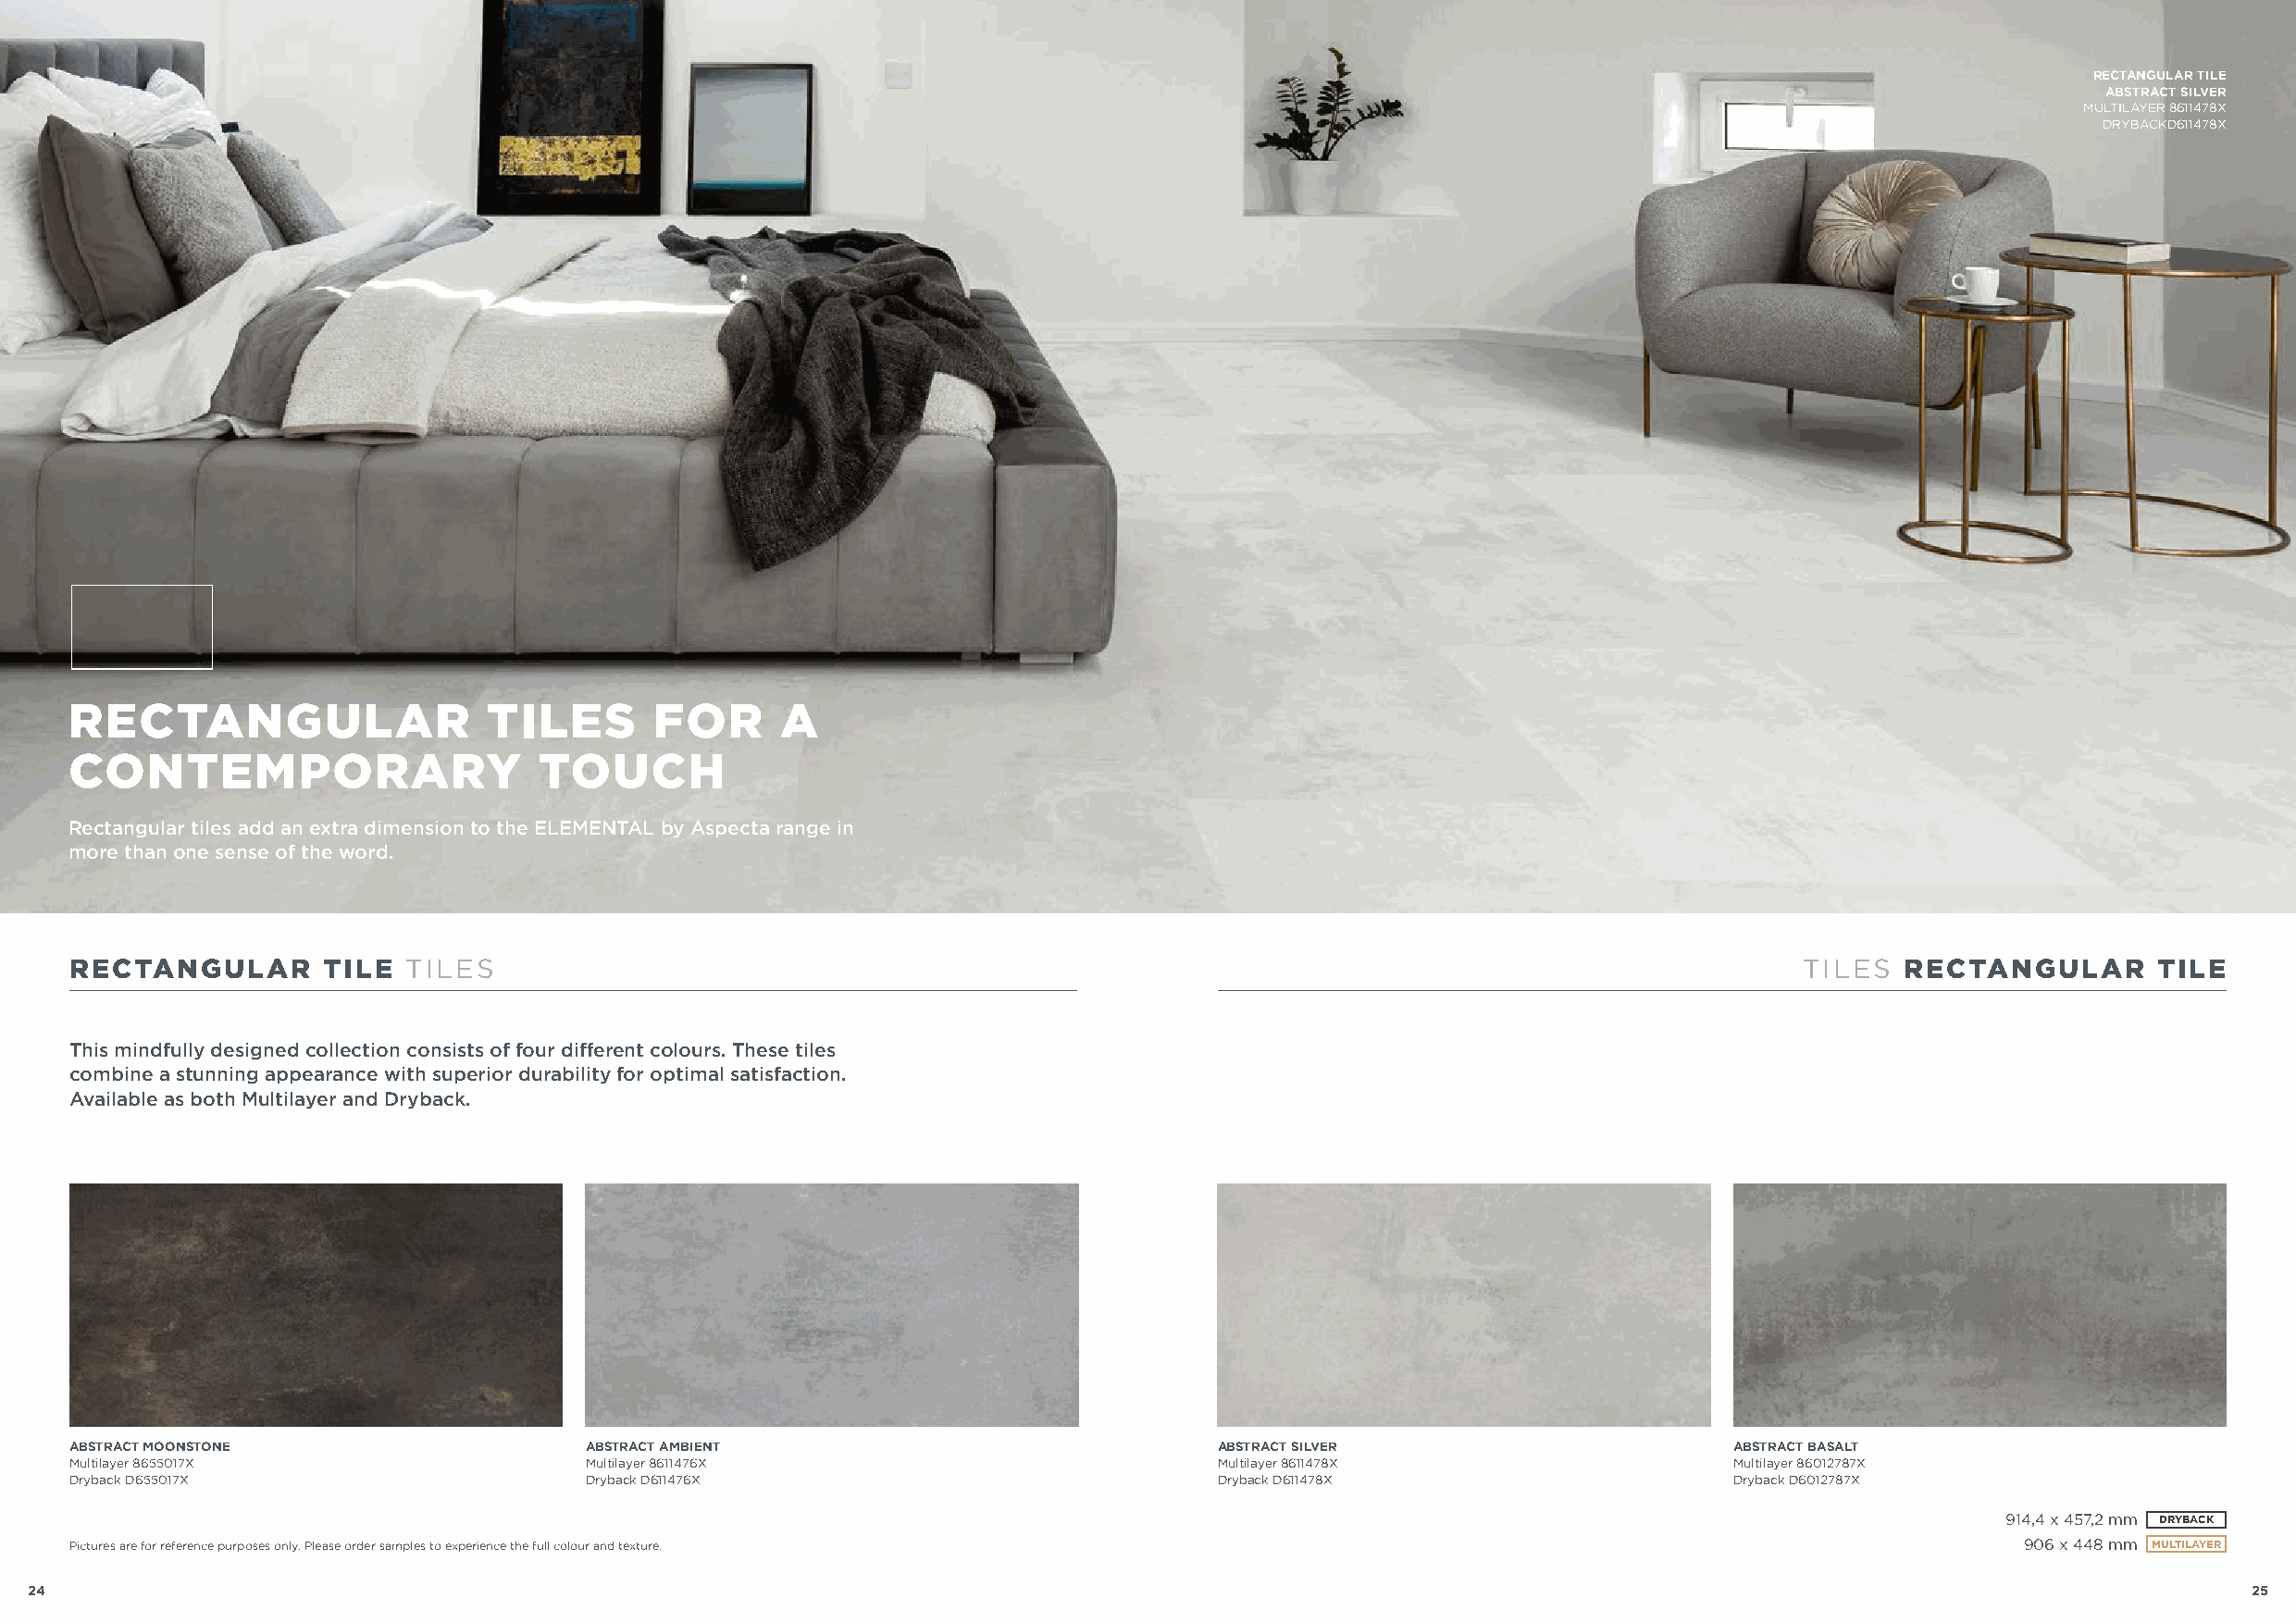
RECTANGULAR TILE
 ABSTRACT SILVER
 MULTILAYER 8611478X
 DRYBACKD611478X
 RECTANGULAR TILE
 RECTANGULAR                   TILES       FOR      A
 CONTEMPORARY                     TOUCH
 Rectangular tiles add an extra dimension to the ELEMENTAL by Aspecta range in
 more than one sense of the word.
 RECTANGULAR       TILE  TILES                                                                                               TILES  RECTANGULAR       TILE
 This mindfully designed collection consists of four different colours. These tiles
 combine a stunning appearance with superior durability for optimal satisfaction.
 Available as both Multilayer and Dryback.
 ABSTRACT MOONSTONE                   ABSTRACT AMBIENT                             ABSTRACT SILVER                      ABSTRACT BASALT
 Multilayer 8655017X                  Multilayer 8611476X                          Multilayer 8611478X                  Multilayer 86012787X
 Dryback D655017X                     Dryback D611476X                             Dryback D611478X                     Dryback D6012787X
 914,4 x 457,2 mm DRYBACK
 Pictures are for reference purposes only. Please order samples to experience the full colour and texture.                                   906 x 448 mm MULTILAYER
 24                                                                                                                                                             25